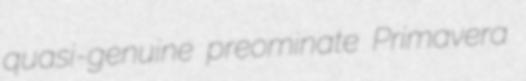
quasi-genuine preominate Primavera